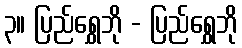
၃။ ပြည်ရွှေဘို - ပြည်ရွှေဘို